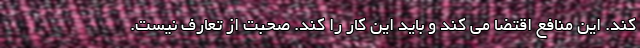
کند. این منافع اقتضا می کند و باید این کار را کند. صحبت از تعارف نیست.